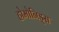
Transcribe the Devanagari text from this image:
होमोनिड्स